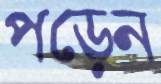
পড়েন